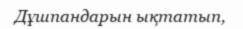
Дұшпандарын ықтатып,